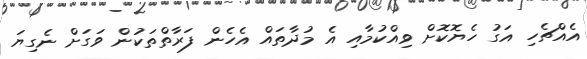
އެއްޗެހި އަގު ހެޔޮކޮށް ވިއްކުމާއި އެ މުދާތައް އެހެން ފަރާތްތަކުން ވަގަށް ނެގިޔަ